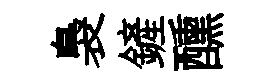
裊鏟醺